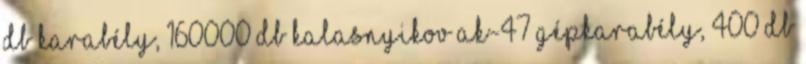
db karabély, 160000 db Kalasnyikov AK-47 gépkarabély, 400 db